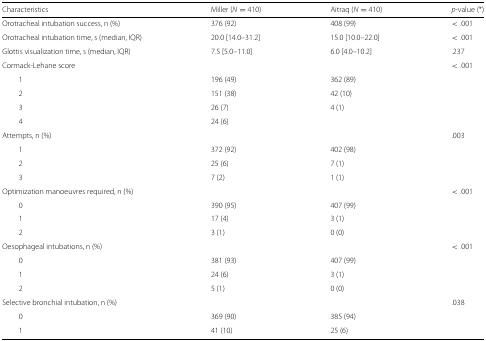
<table><thead><tr><td><b>Characteristics</b></td><td><b>Miller (<i>N</i>= 410)</b></td><td><b>Aitraq (<i>N</i>= 410)</b></td><td><b><i>p</i>-value (*)</b></td></tr></thead><tbody><tr><td>Orotracheal intubation success, n (%)</td><td>376 (92)</td><td>408 (99)</td><td>&lt;.001</td></tr><tr><td>Orotracheal intubation time, s (median, IQR)</td><td>20.0 [14.0–31.2]</td><td>15.0 [10.0–22.0]</td><td>&lt;.001</td></tr><tr><td>Glottis visualization time, s (median, IQR)</td><td>7.5 [5.0–11.0]</td><td>6.0 [4.0–10.2]</td><td>.237</td></tr><tr><td>Cormack-Lehane score</td><td></td><td></td><td>&lt;.001</td></tr><tr><td>1</td><td>196 (49)</td><td>362 (89)</td><td></td></tr><tr><td>2</td><td>151 (38)</td><td>42 (10)</td><td></td></tr><tr><td>3</td><td>26 (7)</td><td>4 (1)</td><td></td></tr><tr><td>4</td><td>24 (6)</td><td></td><td></td></tr><tr><td>Attempts, n (%)</td><td></td><td></td><td>.003</td></tr><tr><td>1</td><td>372 (92)</td><td>402 (98)</td><td></td></tr><tr><td>2</td><td>25 (6)</td><td>7 (1)</td><td></td></tr><tr><td>3</td><td>7 (2)</td><td>1 (1)</td><td></td></tr><tr><td>Optimization manoeuvres required, n (%)</td><td></td><td></td><td>&lt;.001</td></tr><tr><td>0</td><td>390 (95)</td><td>407 (99)</td><td></td></tr><tr><td>1</td><td>17 (4)</td><td>3 (1)</td><td></td></tr><tr><td>2</td><td>3 (1)</td><td>0 (0)</td><td></td></tr><tr><td>Oesophageal intubations, n (%)</td><td></td><td></td><td>&lt;.001</td></tr><tr><td>0</td><td>381 (93)</td><td>407 (99)</td><td></td></tr><tr><td>1</td><td>24 (6)</td><td>3 (1)</td><td></td></tr><tr><td>2</td><td>5 (1)</td><td>0 (0)</td><td></td></tr><tr><td>Selective bronchial intubation, n (%)</td><td></td><td></td><td>.038</td></tr><tr><td>0</td><td>369 (90)</td><td>385 (94)</td><td></td></tr><tr><td>1</td><td>41 (10)</td><td>25 (6)</td><td></td></tr></tbody></table>